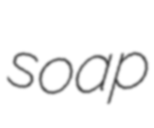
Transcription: soap